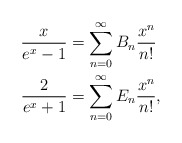
\begin{align*}\frac{x}{e^x-1}&=\sum_{n=0}^{\infty}B_n\frac{x^n}{n!}\\\frac{2}{e^x+1}&=\sum_{n=0}^{\infty}E_n\frac{x^n}{n!},\end{align*}